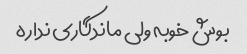
بوش خوبه ولی ماندگاری نداره